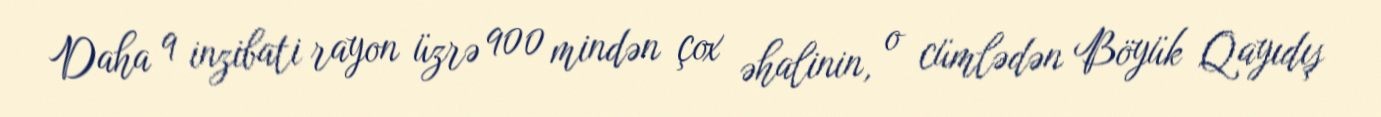
Daha 9 inzibati rayon üzrə 900 mindən çox əhalinin, o cümlədən Böyük Qayıdış